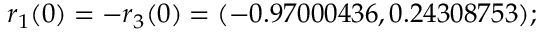
r _ { 1 } ( 0 ) = - r _ { 3 } ( 0 ) = ( - 0 . 9 7 0 0 0 4 3 6 , 0 . 2 4 3 0 8 7 5 3 ) ;